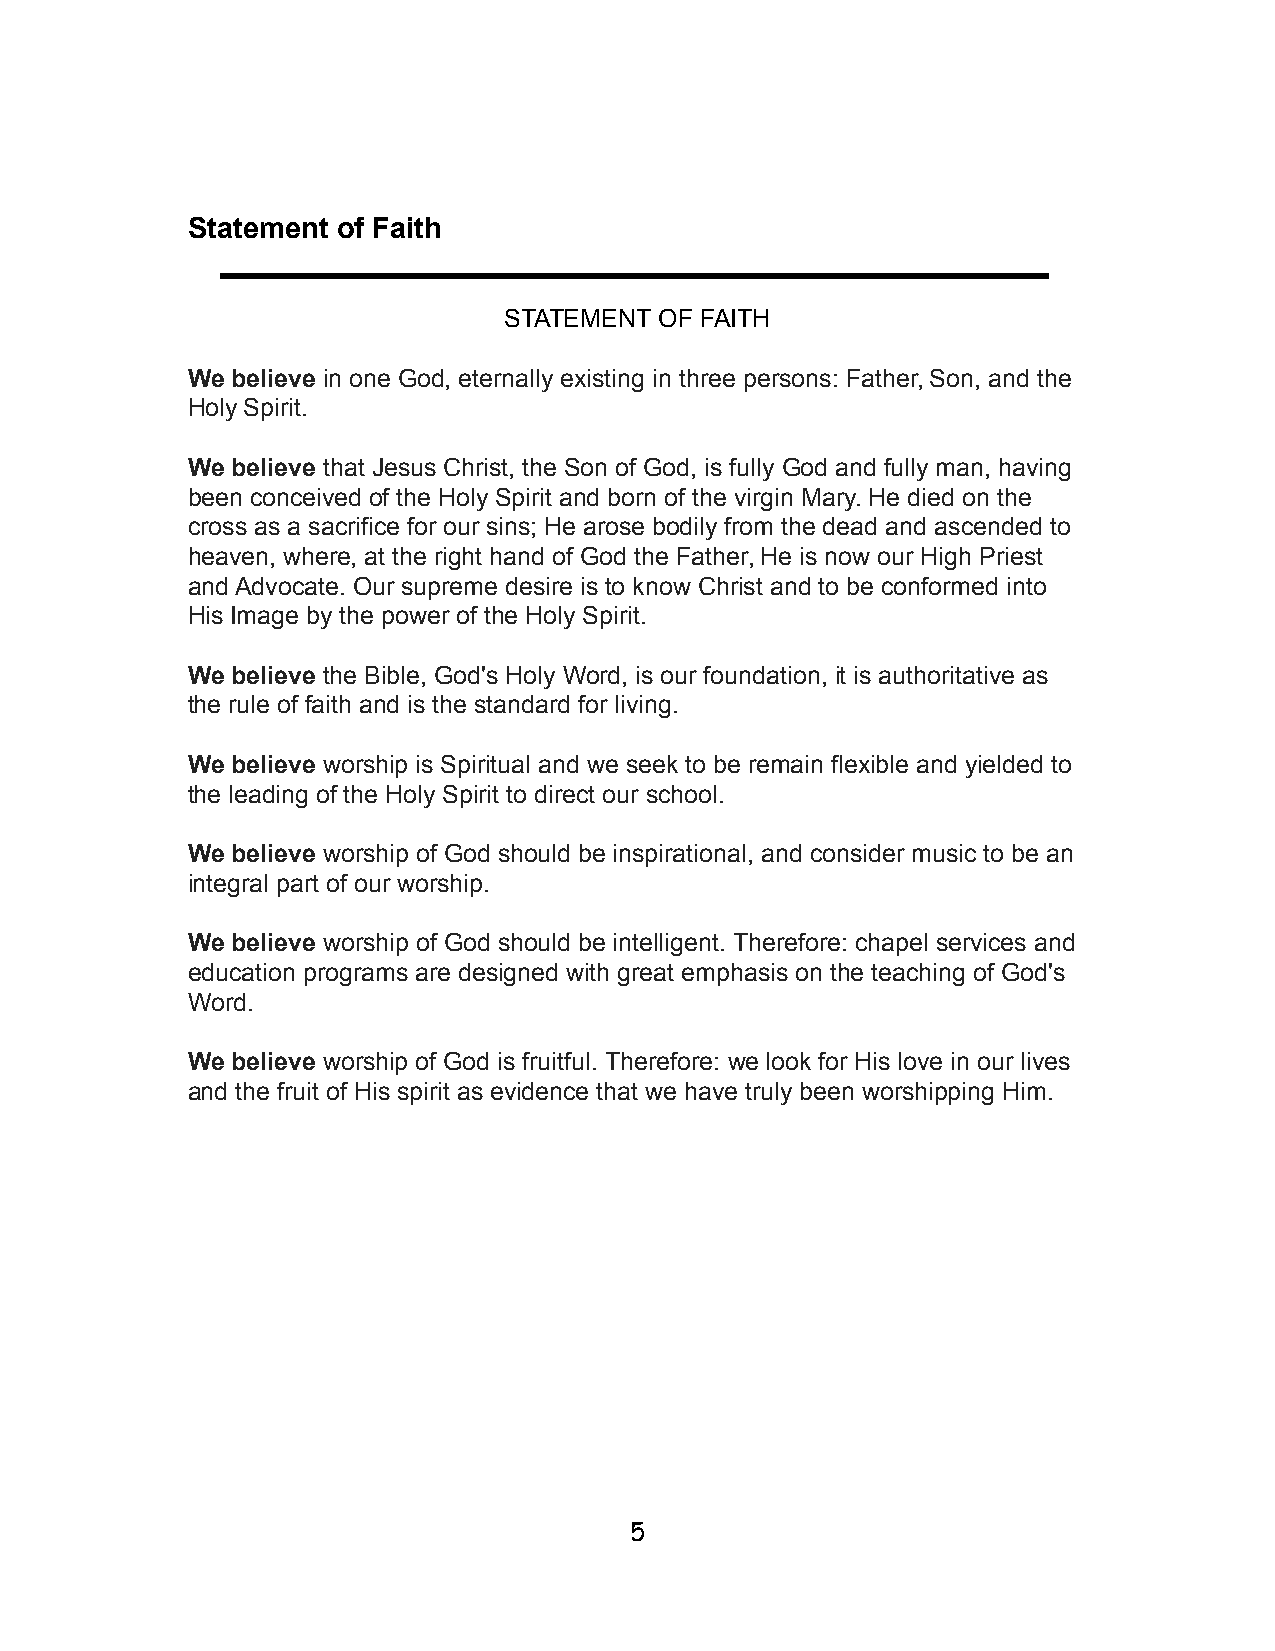
Statement of Faith
 STATEMENT  OF FAITH
 We believe in one God, eternally existing in three persons: Father, Son, and the
 Holy Spirit.
 We believe that Jesus Christ, the Son of God, is fully God and fully man, having
 been conceived of the Holy Spirit and born of the virgin Mary. He died on the
 cross as a sacrifice for our sins; He arose bodily from the dead and ascended to
 heaven, where, at the right hand of God the Father, He is now our High Priest
 and Advocate. Our supreme desire is to know Christ and to be conformed into
 His Image by the power of the Holy Spirit.
 We believe the Bible, God's Holy Word, is our foundation, it is authoritative as
 the rule of faith and is the standard for living.
 We believe worship is Spiritual and we seek to be remain flexible and yielded to
 the leading of the Holy Spirit to direct our school.
 We believe worship of God should be inspirational, and consider music to be an
 integral part of our worship.
 We believe worship of God should be intelligent. Therefore: chapel services and
 education programs are designed with great emphasis on the teaching of God's
 Word.
 We believe worship of God is fruitful. Therefore: we look for His love in our lives
 and the fruit of His spirit as evidence that we have truly been worshipping Him.
 5